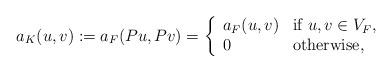
LaTeX: \begin{align*}a_K(u,v):=a_F(Pu,Pv)=\left\{\begin{array}{ll}a_F(u,v)&\hbox{if }u,v\in V_F,\\0 &\hbox{otherwise},\end{array}\right.\end{align*}